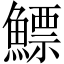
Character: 鰾